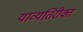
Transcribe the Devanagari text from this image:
याव्यतिरीक्त